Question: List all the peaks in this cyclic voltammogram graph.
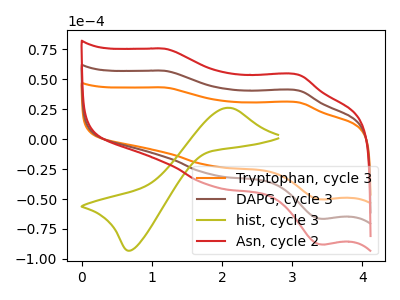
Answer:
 <answer>The orange curve "Tryptophan, cycle 3" has anodic peaks at (1.20V, 114.40uA) (3.10V, 81.40uA) and cathodic peaks at (1.90V, -59.90uA) (3.45V, -133.15uA). The brown curve "DAPG, cycle 3" has anodic peaks at (1.20V, 57.20uA) (3.10V, 40.70uA) and cathodic peaks at (1.90V, -29.95uA) (3.45V, -66.60uA). The olive curve "hist, cycle 3" has an anodic peak at (2.10V, 26.25uA) and a cathodic peak at (0.70V, -93.10uA). The red curve "Asn, cycle 2" has anodic peaks at (1.20V, 75.65uA) (3.10V, 53.80uA) and cathodic peaks at (1.90V, -39.60uA) (3.45V, -88.05uA).</answer>
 <eval></eval>